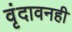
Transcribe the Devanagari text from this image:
वृंदावनही